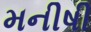
મનીષી